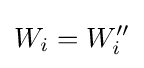
W_{i}=W''_{i}